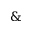
\&